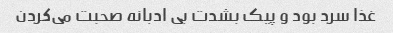
غذا سرد بود و پیک بشدت بی ادبانه صحبت می‌کردن